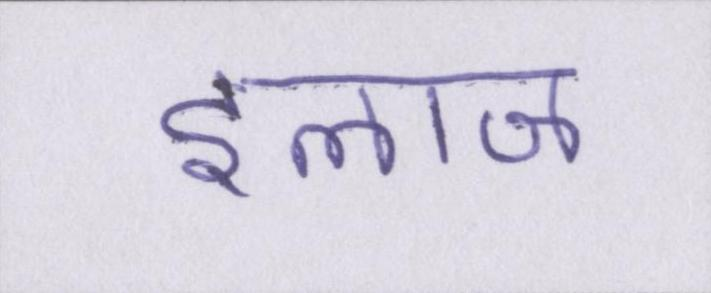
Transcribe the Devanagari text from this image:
इलाज